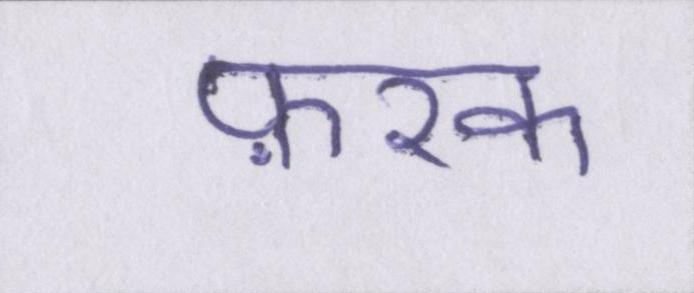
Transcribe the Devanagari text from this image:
फ़रक